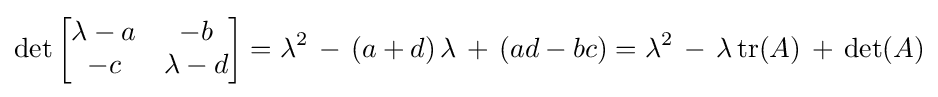
\det {\begin{bmatrix}\lambda -a&-b\\-c&\lambda -d\end{bmatrix}}=\lambda ^{2}\,-\,\left(a+d\right)\lambda \,+\,\left(ad-bc\right)=\lambda ^{2}\,-\,\lambda \,{\rm {tr}}(A)\,+\,\det(A)